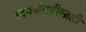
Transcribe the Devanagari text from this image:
स्वयंसंतुष्टीसाठी